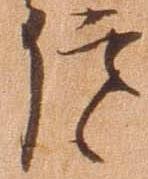
信